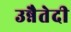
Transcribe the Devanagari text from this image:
उन्नैतेदी